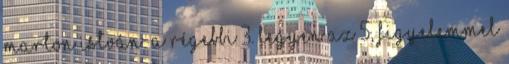
Marton István: A régebbi 3. legyen az 5, figyelemmel